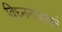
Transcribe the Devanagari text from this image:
विघ्ननाशकरं